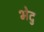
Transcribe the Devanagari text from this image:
भेदु